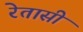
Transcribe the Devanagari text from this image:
रेतासी